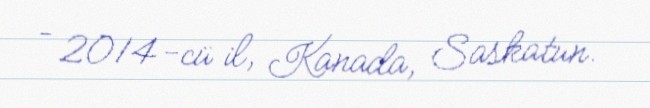
– 2014-cü il, Kanada, Saskatun.